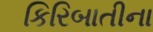
કિરિબાતીના